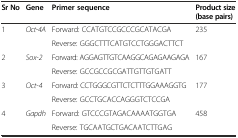
<table><thead><tr><td><b>Sr No</b></td><td><b>Gene</b></td><td><b>Primer sequence</b></td><td><b>Product size (base pairs)</b></td></tr></thead><tbody><tr><td>1</td><td><i>Oct-4A</i></td><td>Forward: CCATGTCCGCCCGCATACGA</td><td>235</td></tr><tr><td></td><td></td><td>Reverse: GGGCTTTCATGTCCTGGGACTTCT</td><td></td></tr><tr><td>2</td><td><i>Sox-2</i></td><td>Forward: AGGAGTTGTCAAGGCAGAGAAGAGA</td><td>167</td></tr><tr><td></td><td></td><td>Reverse: GCCGCCGCGATTGTTGTGATT</td><td></td></tr><tr><td>3</td><td><i>Oct-4</i></td><td>Forward: CCTGGGCGTTCTCTTTGGAAAGGTG</td><td>177</td></tr><tr><td></td><td></td><td>Reverse: GCCTGCACCAGGGTCTCCGA</td><td></td></tr><tr><td>4</td><td><i>Gapdh</i></td><td>Forward: GTCCCGTAGACAAAATGGTGA</td><td>458</td></tr><tr><td></td><td></td><td>Reverse: TGCAATGCTGACAATCTTGAG</td><td></td></tr></tbody></table>